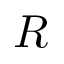
\boldsymbol { R }